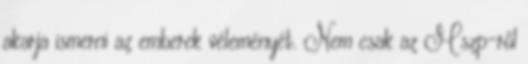
akarja ismerni az emberek véleményét. Nem csak az Mszp-ről